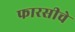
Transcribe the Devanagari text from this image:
फारसीचे